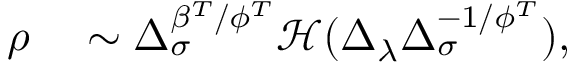
\begin{array} { r l } { \rho } & { { } \sim \Delta _ { \sigma } ^ { \beta ^ { T } / \phi ^ { T } } \mathcal { H } ( \Delta _ { \lambda } \Delta _ { \sigma } ^ { - 1 / \phi ^ { T } } ) , } \end{array}